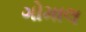
ગોમાલ